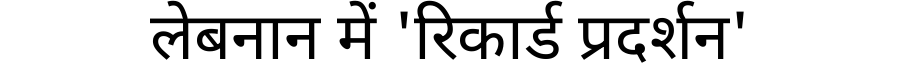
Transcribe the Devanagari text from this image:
लेबनान में 'रिकार्ड प्रदर्शन'